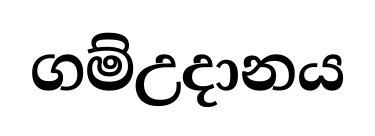
ගම්උදානය